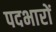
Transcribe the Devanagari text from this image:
पदभारों